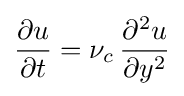
{\frac {\partial u}{\partial t}}=\nu _{c}\,{\frac {\partial ^{2}u}{\partial y^{2}}}